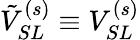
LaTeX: \tilde{V}_{SL}^{(s)}\equiv V_{SL}^{(s)}